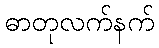
ဓာတုလက်နက်